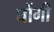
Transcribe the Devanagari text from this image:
घोंगी